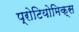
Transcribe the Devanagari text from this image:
प्रोटियोमिक्स